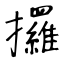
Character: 攞